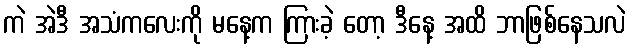
ကဲ အဲဒီ အသံကလေးကို မနေ့က ကြားခဲ့ တော့ ဒီနေ့ အထိ ဘာဖြစ်နေသလဲ